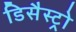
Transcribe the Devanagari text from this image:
डिसैस्ट्रो